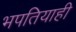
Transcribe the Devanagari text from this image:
भपतियाही